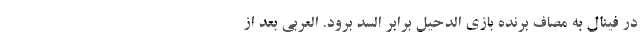
در فینال به مصاف برنده بازی الدحیل برابر السد برود. العربی بعد از